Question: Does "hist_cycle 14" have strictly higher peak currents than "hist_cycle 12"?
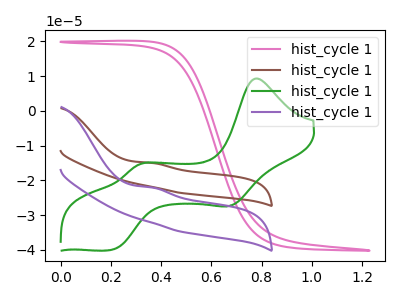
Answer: <think>The pink curve "hist_cycle 11" has no peaks. The brown curve "hist_cycle 12" has an anodic peak at: (0.35V, -14.95uA). The green curve "hist_cycle 13" has anodic peaks at (0.80V, 9.35uA) (0.30V, -15.50uA) and cathodic peaks at (0.70V, -27.15uA) (0.20V, -39.95uA). The purple curve "hist_cycle 14" has an anodic peak at: (0.35V, -22.05uA).</think>
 <answer>Every peak in "hist_cycle 14" is lower than every peak in "hist_cycle 12".</answer>
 <eval>lower</eval>